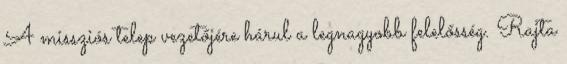
A missziós telep vezetőjére hárul a legnagyobb felelősség. Rajta